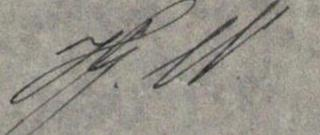
Hj. W